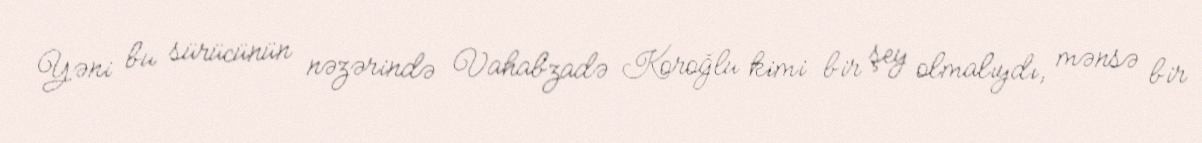
Yəni bu sürücünün nəzərində Vahabzadə Koroğlu kimi bir şey olmalıydı, mənsə bir